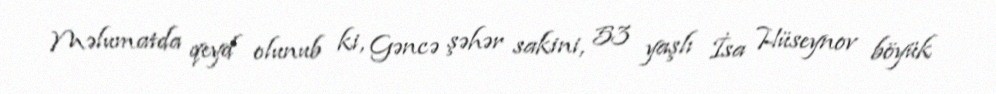
Məlumatda qeyd olunub ki, Gəncə şəhər sakini, 53 yaşlı İsa Hüseynov böyük